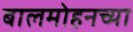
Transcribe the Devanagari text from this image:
बालमोहनच्या